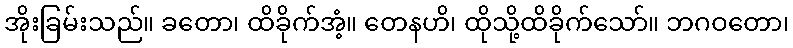
အိုးခြမ်းသည်။ ခတော၊ ထိခိုက်အံ့။ တေနဟိ၊ ထိုသို့ထိခိုက်သော်။ ဘဂဝတော၊